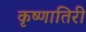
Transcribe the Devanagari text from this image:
कृष्णातिरी